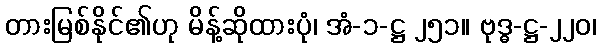
တားမြစ်နိုင်၏ဟု မိန့်ဆိုထားပုံ၊ အံ-၁-ဋ္ဌ ၂၅၁။ ဗုဒ္ဓ-ဋ္ဌ-၂၂၀၊